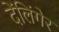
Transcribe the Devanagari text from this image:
देंलिंगेर